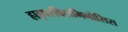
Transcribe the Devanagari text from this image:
हाइपरविटामिनोसिस